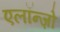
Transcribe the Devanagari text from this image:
एलॉन्ज़ो